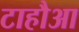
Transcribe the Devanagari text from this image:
टाहौआ